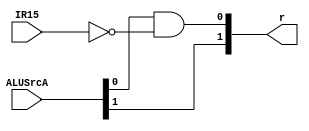
`timescale 1ns / 1ps
//////////////////////////////////////////////////////////////////////////////////
// Company: 
// Engineer: 
// 
// Design Name: 
// Module Name:    ALUSrcASelector 
// Project Name: 
// Target Devices: 
// Tool versions: 
// Description: 
//
// Dependencies: 
//
// Revision: 
// Revision 0.01 - File Created
// Additional Comments: 
//
//////////////////////////////////////////////////////////////////////////////////
module ALUSrcASelector(
    input [1:0] ALUSrcA,
    input IR15,
    output [1:0] r

    );


	assign r = {ALUSrcA[1], (ALUSrcA[0] & ~IR15)};


endmodule